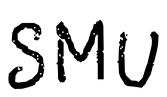
Text: SMU
Cross-out: clean
Writing tool: digital_black